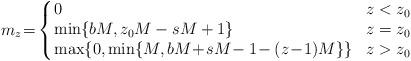
LaTeX: \begin{align*}m_z\! &=\! \left\{\!\!\begin{array}{ll}0 & z < z_0 \\\min\{bM,z_0M-sM+1\} & z = z_0 \\\max\{0,\min\{M,bM\!+\!sM\!-1\!-(z\!-\!1)M\}\}& z>z_0\end{array}\right.\end{align*}